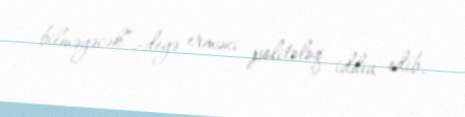
bilməyəcək”,-deyə erməni politoloq iddia edib.